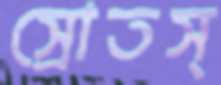
স্রোতস্